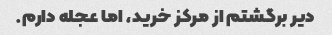
دیر برگشتم از مرکز خرید، اما عجله دارم.